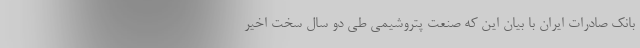
بانک صادرات ایران با بیان این که صنعت پتروشیمی طی دو سال سخت اخیر